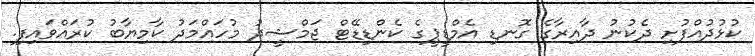
ކުޅުދުއްފުށި ދެކުނު ދާއިރާގެ ގޮނޑި އެމްޑީޕީގެ ކެންޑިޑޭޓް ޖަމްޝީދު މުހައްމަދު ކާމިޔާބު ކުރައްވައިފި.